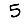
Digit: 5